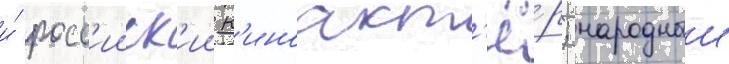
и́ росс'ииск'ии к'иноакт'ё́р; народныи